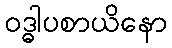
ဝဒ္ဓါပစာယိနော